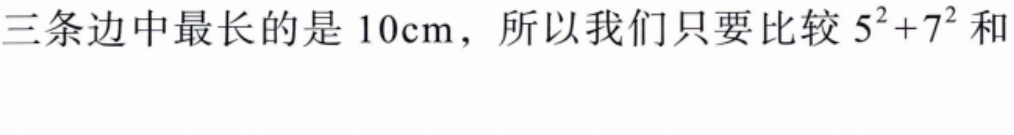
三条边中最长的是 \(10\text{cm}\)，所以我们只要比较 \(5^{2}+7^{2}\) 和